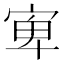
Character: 𱚋